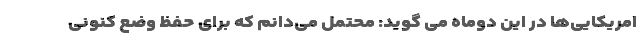
امریکایی‌ها در این دوماه می گوید: محتمل می‌دانم که برای حفظ وضع کنونی